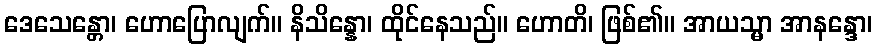
ဒေသေန္တော၊ ဟောပြောလျက်။ နိသိန္နော၊ ထိုင်နေသည်။ ဟောတိ၊ ဖြစ်၏။ အာယသ္မာ အာနန္ဒော၊